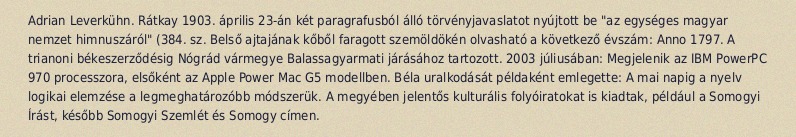
Adrian Leverkühn. Rátkay 1903. április 23-án két paragrafusból álló törvényjavaslatot nyújtott be "az egységes magyar nemzet himnuszáról" (384. sz. Belső ajtajának kőből faragott szemöldökén olvasható a következő évszám: Anno 1797. A trianoni békeszerződésig Nógrád vármegye Balassagyarmati járásához tartozott. 2003 júliusában: Megjelenik az IBM PowerPC 970 processzora, elsőként az Apple Power Mac G5 modellben. Béla uralkodását példaként emlegette: A mai napig a nyelv logikai elemzése a legmeghatározóbb módszerük. A megyében jelentős kulturális folyóiratokat is kiadtak, például a Somogyi Írást, később Somogyi Szemlét és Somogy címen.